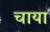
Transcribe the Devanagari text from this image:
चाया